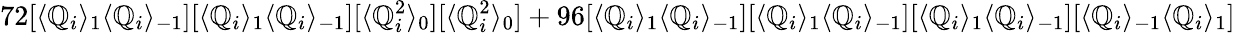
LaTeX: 72[\langle\mathbb{Q}_{i}\rangle_{1}\langle\mathbb{Q}_{i}\rangle_{-1}][\langle\mathbb{Q}_{i}\rangle_{1}\langle\mathbb{Q}_{i}\rangle_{-1}][\langle\mathbb{Q}_{i}^{2}\rangle_{0}][\langle\mathbb{Q}_{i}^{2}\rangle_{0}]+96[\langle\mathbb{Q}_{i}\rangle_{1}\langle\mathbb{Q}_{i}\rangle_{-1}][\langle\mathbb{Q}_{i}\rangle_{1}\langle\mathbb{Q}_{i}\rangle_{-1}][\langle\mathbb{Q}_{i}\rangle_{1}\langle\mathbb{Q}_{i}\rangle_{-1}][\langle\mathbb{Q}_{i}\rangle_{-1}\langle\mathbb{Q}_{i}\rangle_{1}]